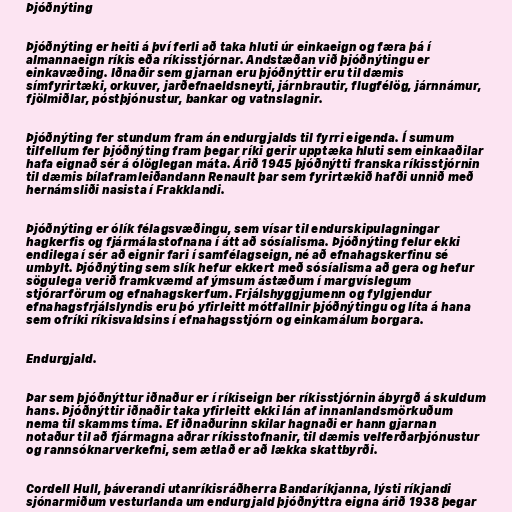
Þjóðnýting

Þjóðnýting er heiti á því ferli að taka hluti úr einkaeign og færa þá í
almannaeign ríkis eða ríkisstjórnar. Andstæðan við þjóðnýtingu er
einkavæðing. Iðnaðir sem gjarnan eru þjóðnýttir eru til dæmis
símfyrirtæki, orkuver, jarðefnaeldsneyti, járnbrautir, flugfélög, járnnámur,
fjölmiðlar, póstþjónustur, bankar og vatnslagnir.

Þjóðnýting fer stundum fram án endurgjalds til fyrri eigenda. Í sumum
tilfellum fer þjóðnýting fram þegar ríki gerir upptæka hluti sem einkaaðilar
hafa eignað sér á ólöglegan máta. Árið 1945 þjóðnýtti franska ríkisstjórnin
til dæmis bílaframleiðandann Renault þar sem fyrirtækið hafði unnið með
hernámsliði nasista í Frakklandi.

Þjóðnýting er ólík félagsvæðingu, sem vísar til endurskipulagningar
hagkerfis og fjármálastofnana í átt að sósíalisma. Þjóðnýting felur ekki
endilega í sér að eignir fari í samfélagseign, né að efnahagskerfinu sé
umbylt. Þjóðnýting sem slík hefur ekkert með sósíalisma að gera og hefur
sögulega verið framkvæmd af ýmsum ástæðum í margvíslegum
stjórarförum og efnahagskerfum. Frjálshyggjumenn og fylgjendur
efnahagsfrjálslyndis eru þó yfirleitt mótfallnir þjóðnýtingu og líta á hana
sem ofríki ríkisvaldsins í efnahagsstjórn og einkamálum borgara.

Endurgjald.

Þar sem þjóðnýttur iðnaður er í ríkiseign ber ríkisstjórnin ábyrgð á skuldum
hans. Þjóðnýttir iðnaðir taka yfirleitt ekki lán af innanlandsmörkuðum
nema til skamms tíma. Ef iðnaðurinn skilar hagnaði er hann gjarnan
notaður til að fjármagna aðrar ríkisstofnanir, til dæmis velferðarþjónustur
og rannsóknarverkefni, sem ætlað er að lækka skattbyrði.

Cordell Hull, þáverandi utanríkisráðherra Bandaríkjanna, lýsti ríkjandi
sjónarmiðum vesturlanda um endurgjald þjóðnýttra eigna árið 1938 þegar